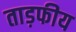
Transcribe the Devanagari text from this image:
ताड़फीय